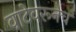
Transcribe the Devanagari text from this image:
वाटेवरूनच